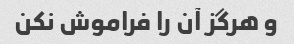
و هرگز آن را فراموش نکن